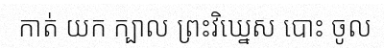
កាត់ យក ក្បាល ព្រះវិឃ្នេស បោះ ចូល